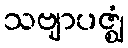
သဗျာပဇ္ဈံ